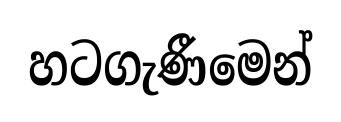
හටගැණීමෙන්